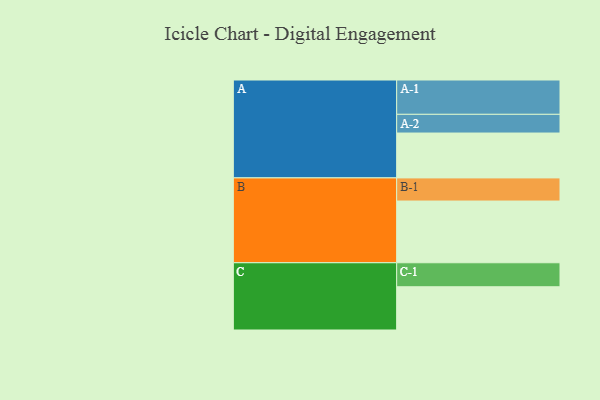
{"axis": {"x": "Segment", "y": "Value"}, "legend": ["", "A", "B", "C"], "data": [{"x": "A", "y": 357, "type": ""}, {"x": "B", "y": 491, "type": ""}, {"x": "C", "y": 344, "type": ""}, {"x": "A-1", "y": 273, "type": "A"}, {"x": "A-2", "y": 149, "type": "A"}, {"x": "B-1", "y": 184, "type": "B"}, {"x": "C-1", "y": 191, "type": "C"}]}